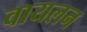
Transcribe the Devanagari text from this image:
वायलन